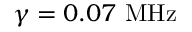
\gamma = 0 . 0 7 ~ \mathrm { M H z }